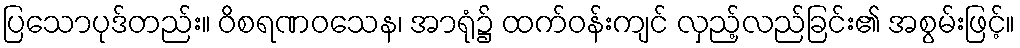
ပြသောပုဒ်တည်း။ ဝိစရဏဝသေန၊ အာရုံ၌ ထက်ဝန်းကျင် လှည့်လည်ခြင်း၏ အစွမ်းဖြင့်။